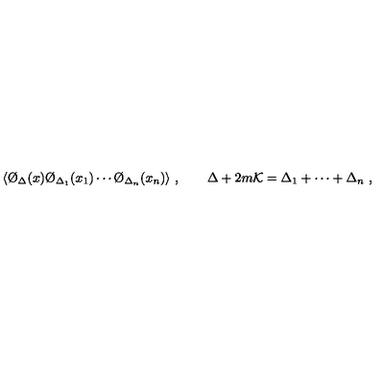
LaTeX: \langle \O _ { \Delta } ( x ) \O _ { \Delta _ { 1 } } ( x _ { 1 } ) \cdots \O _ { \Delta _ { n } } ( x _ { n } ) \rangle \ , \qquad \Delta + 2 m { \cal K } = \Delta _ { 1 } + \cdots + \Delta _ { n } \ ,